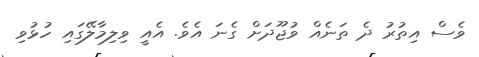
ވެސް އިތުރު ދެ ތަނެއް ވުޖޫދަށް ގެނަ އެވެ. އެއީ ވިލިމާލޭގައި ހުޅުވި